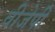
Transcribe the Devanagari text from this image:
वीजेपी